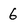
Character: 6